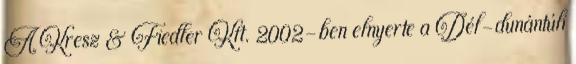
A Kresz & Fiedler Kft. 2002-ben elnyerte a Dél-dunántúli